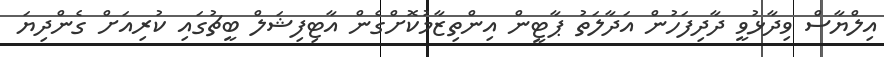
އިލްޔާސް ވިދާޅުވީ ދާދިފަހުން އަދާލަތު ޕާޓީން އިންތިޒާމުކޮށްގެން އާޓިފިޝަލް ބީޗުގައި ކުރިއަށް ގެންދިޔަ